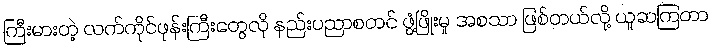
ကြီးမားတဲ့ လက်ကိုင်ဖုန်းကြီးတွေလို နည်းပညာစတင် ဖွံ့ဖြိုးမှု အစသာ ဖြစ်တယ်လို့ ယူဆကြတာ